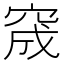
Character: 窚